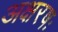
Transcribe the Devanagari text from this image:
अक्षरषः